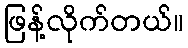
ဖြန့်လိုက်တယ်။